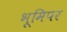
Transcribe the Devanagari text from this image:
भूमिपर